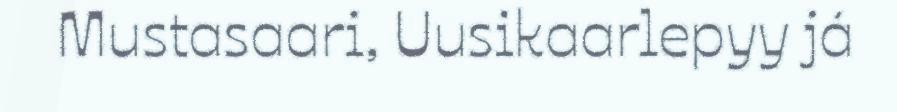
Mustasaari, Uusikaarlepyy já